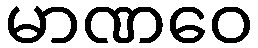
မာဏဝေ